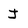
Character: J